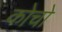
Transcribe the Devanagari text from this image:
कोचो